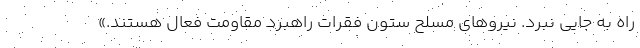
راه به جایی نبرد. نیروهای مسلح ستون فقرات راهبرد مقاومت فعال هستند.»